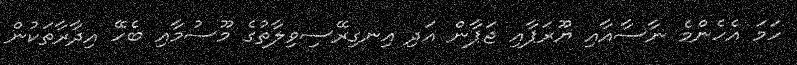
ހަމަ އެހެންމެ ނާސާއާއި ޔޫރަޕާއި ޖަޕާން އަދި އިނގިރޭސިވިލާތުގެ މޫސުމާއި ބެހޭ އިދާރާތަކުން